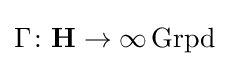
\Gamma \colon \mathbf {H} \rightarrow \infty \operatorname {Grpd}